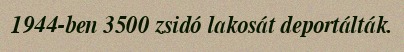
1944-ben 3500 zsidó lakosát deportálták.